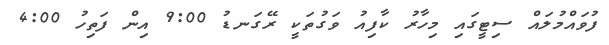
ފުވައްމުލައް ސިޓީގައި މިހާރު ކާފިއު ވަގުތަކީ ރޭގަނޑު 9:00 އިން ފަތިހު 4:00